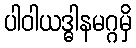
ပါဝါယဒ္ဓါနမဂ္ဂမှိ